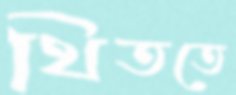
থিততে